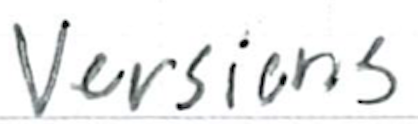
Text: versions
Cross-out: clean
Writing tool: ballpoint